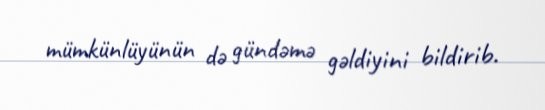
mümkünlüyünün də gündəmə gəldiyini bildirib.